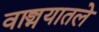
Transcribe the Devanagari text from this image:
वाङ्मयातले